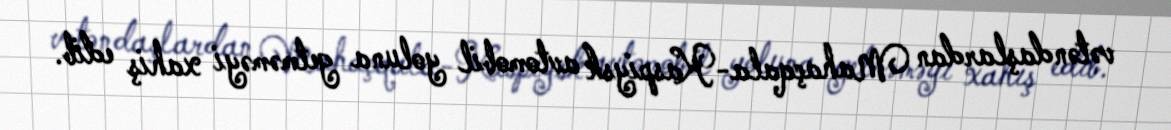
vətəndaşlardan Mahaçqala-Kaspiysk avtomobil yoluna getməməyi xahiş edib.